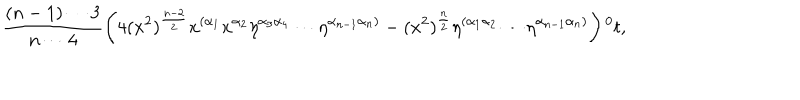
LaTeX: \frac { ( n - 1 ) \cdots 3 } { n \cdots 4 } \left( 4 ( x ^ { 2 } ) ^ { \frac { n - 2 } { 2 } } x ^ { ( \alpha _ { 1 } } x ^ { \alpha _ { 2 } } \eta ^ { \alpha _ { 3 } \alpha _ { 4 } } \cdots \eta ^ { \alpha _ { n - 1 } \alpha _ { n } ) } - ( x ^ { 2 } ) ^ { \frac { n } { 2 } } \eta ^ { ( \alpha _ { 1 } \alpha _ { 2 } } \cdots \eta ^ { \alpha _ { n - 1 } \alpha _ { n } ) } \right) { ^ 0 t } ,